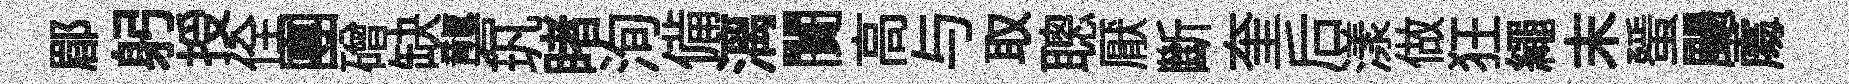
郿躬授佺團磳缺礱㺬睹洵備漓闠高与取聰厭斷奎后漾做狂繩末蜑颺𠁅